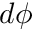
d \phi